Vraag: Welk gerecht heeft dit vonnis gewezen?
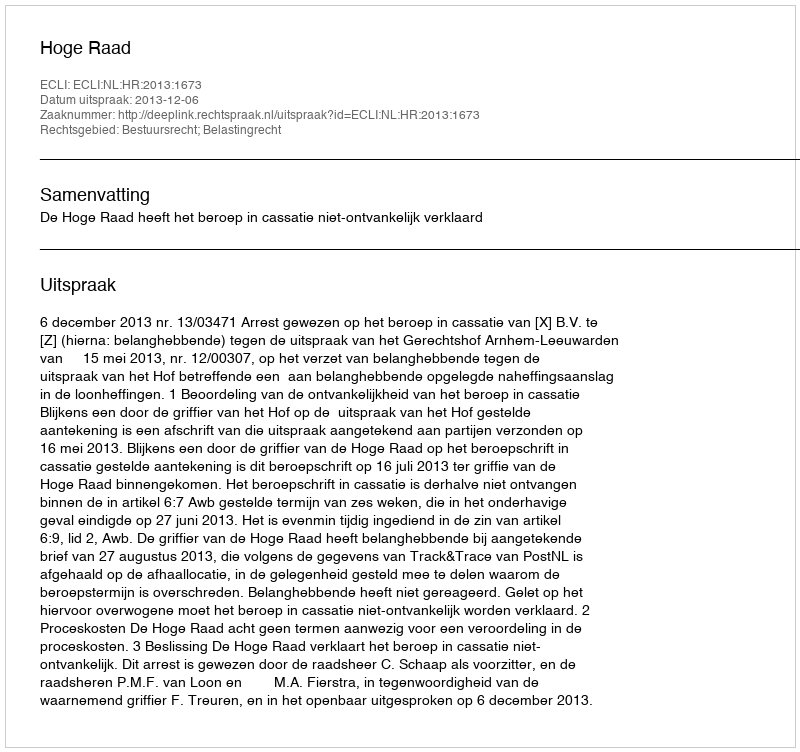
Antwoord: Hoge Raad